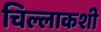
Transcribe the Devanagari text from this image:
चिल्लाकशी